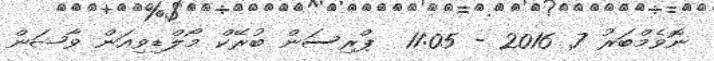
ނޮވެމްބަރު 7